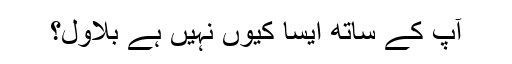
آپ کے ساتھ ایسا کیوں نہیں ہے بلاول؟